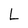
Character: L